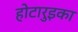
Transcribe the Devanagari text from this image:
होटारुइका